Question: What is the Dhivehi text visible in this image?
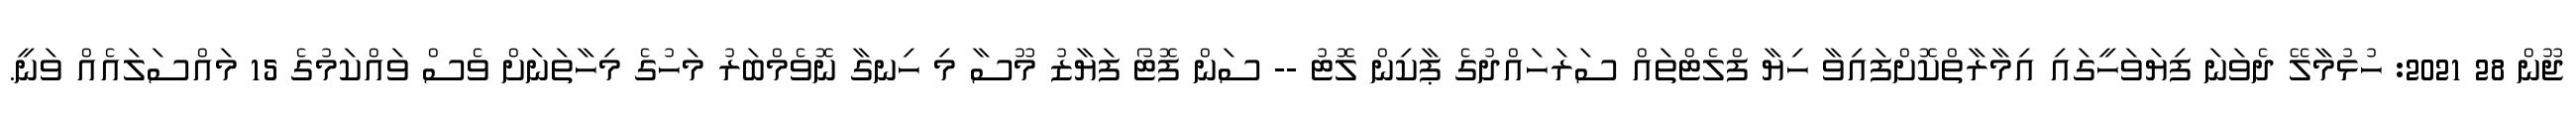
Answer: ޖޫން 28 2021: ހުޅުމާލޭ ދެވަނަ ފިޔަވަހީގައި އިމާރާތްކޮށްފައިވާ ހިޔާ ފްލެޓްތައް ސަރަހައްދުގެ ޕާކިން ލޮޓު -- ސަން ފޮޓޯ ފަޔާޒު މޫސާ މި ހިނގާ ނޮވެމްބަރު މަހުގެ މިހާތަނަށް ވެސް ވައްކަމުގެ 15 މައްސަލައެއް ވަނީ.